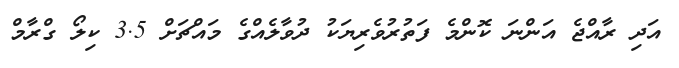
އަދި ރާއްޖެ އަންނަ ކޮންމެ ފަތުރުވެރިޔަކު ދުވާލެއްގެ މައްޗަށް 3.5 ކިލޯ ގްރާމް